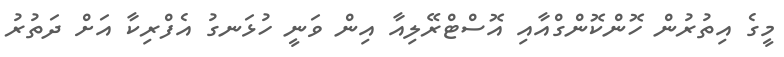
މީގެ އިތުރުން ހޮންކޮންގްއާއި އޮސްޓްރޭލިއާ އިން ވަނީ ހުޅަނގު އެފްރިކާ އަށް ދަތުރު